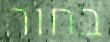
בחור